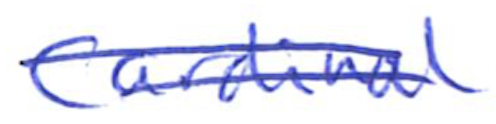
Text: Cardinal
Cross-out: double-line
Writing tool: ballpoint